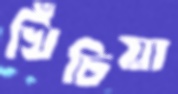
খিঁচিয়া